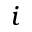
i